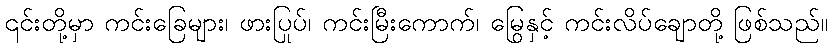
၎င်းတို့မှာ ကင်းခြေများ၊ ဖားပြုပ်၊ ကင်းမြီးကောက်၊ မြွေနှင့် ကင်းလိပ်ချောတို့ ဖြစ်သည်။